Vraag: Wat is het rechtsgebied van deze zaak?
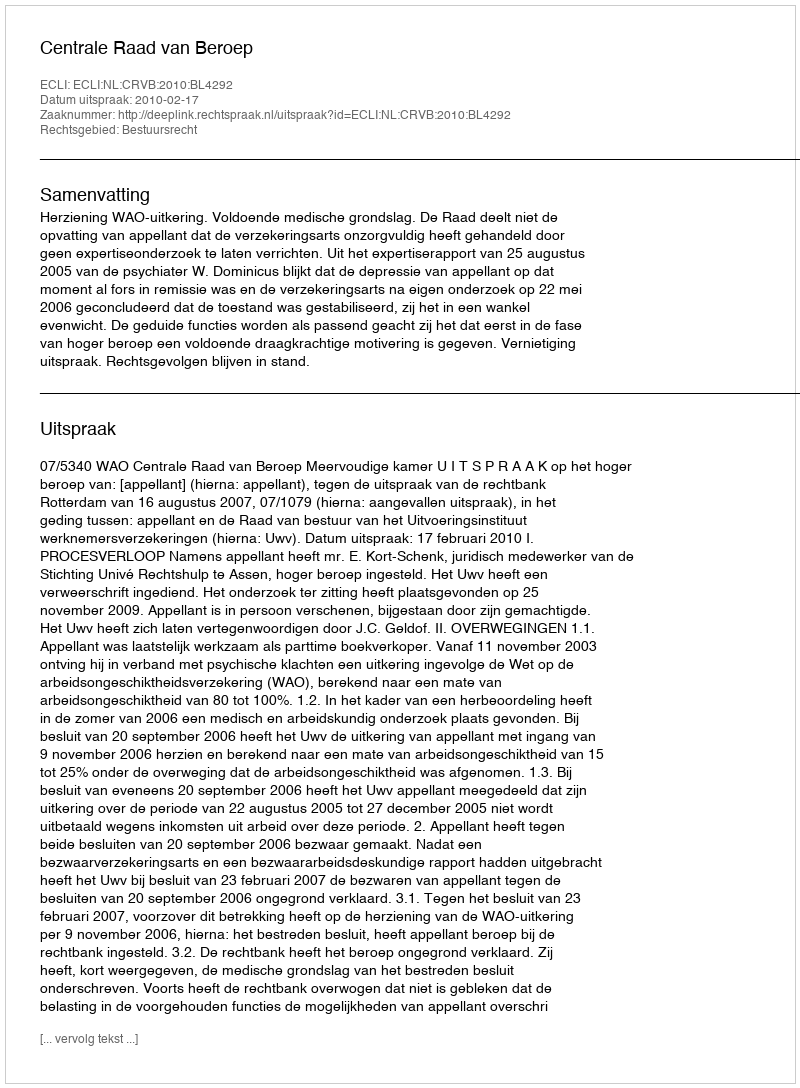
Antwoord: Bestuursrecht